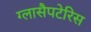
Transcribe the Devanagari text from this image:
ग्लासैपटेरिस